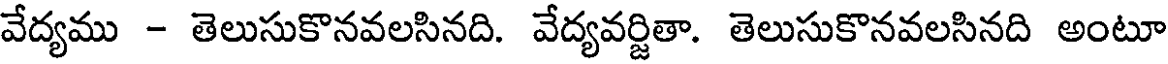
వేద్యము - తెలుసుకొనవలసినది. వేద్యవర్జితా. తెలుసుకొనవలసినది అంటూ